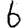
Digit: 6